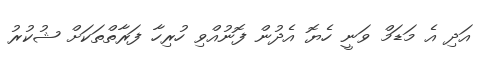
އަދި އެ މަޑަމް ވަނީ ހެޔޮ އެދުން ފޮނުއްވި ހުރިހާ ފަރާތްތަކަށް ޝުކުރު